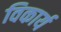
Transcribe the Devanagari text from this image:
विकार्य